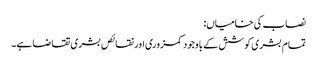
نصاب کی خامیاں:
تمام بشری کوشش کے باوجود کمزوری اور نقائص بشری تقاضا ہے۔